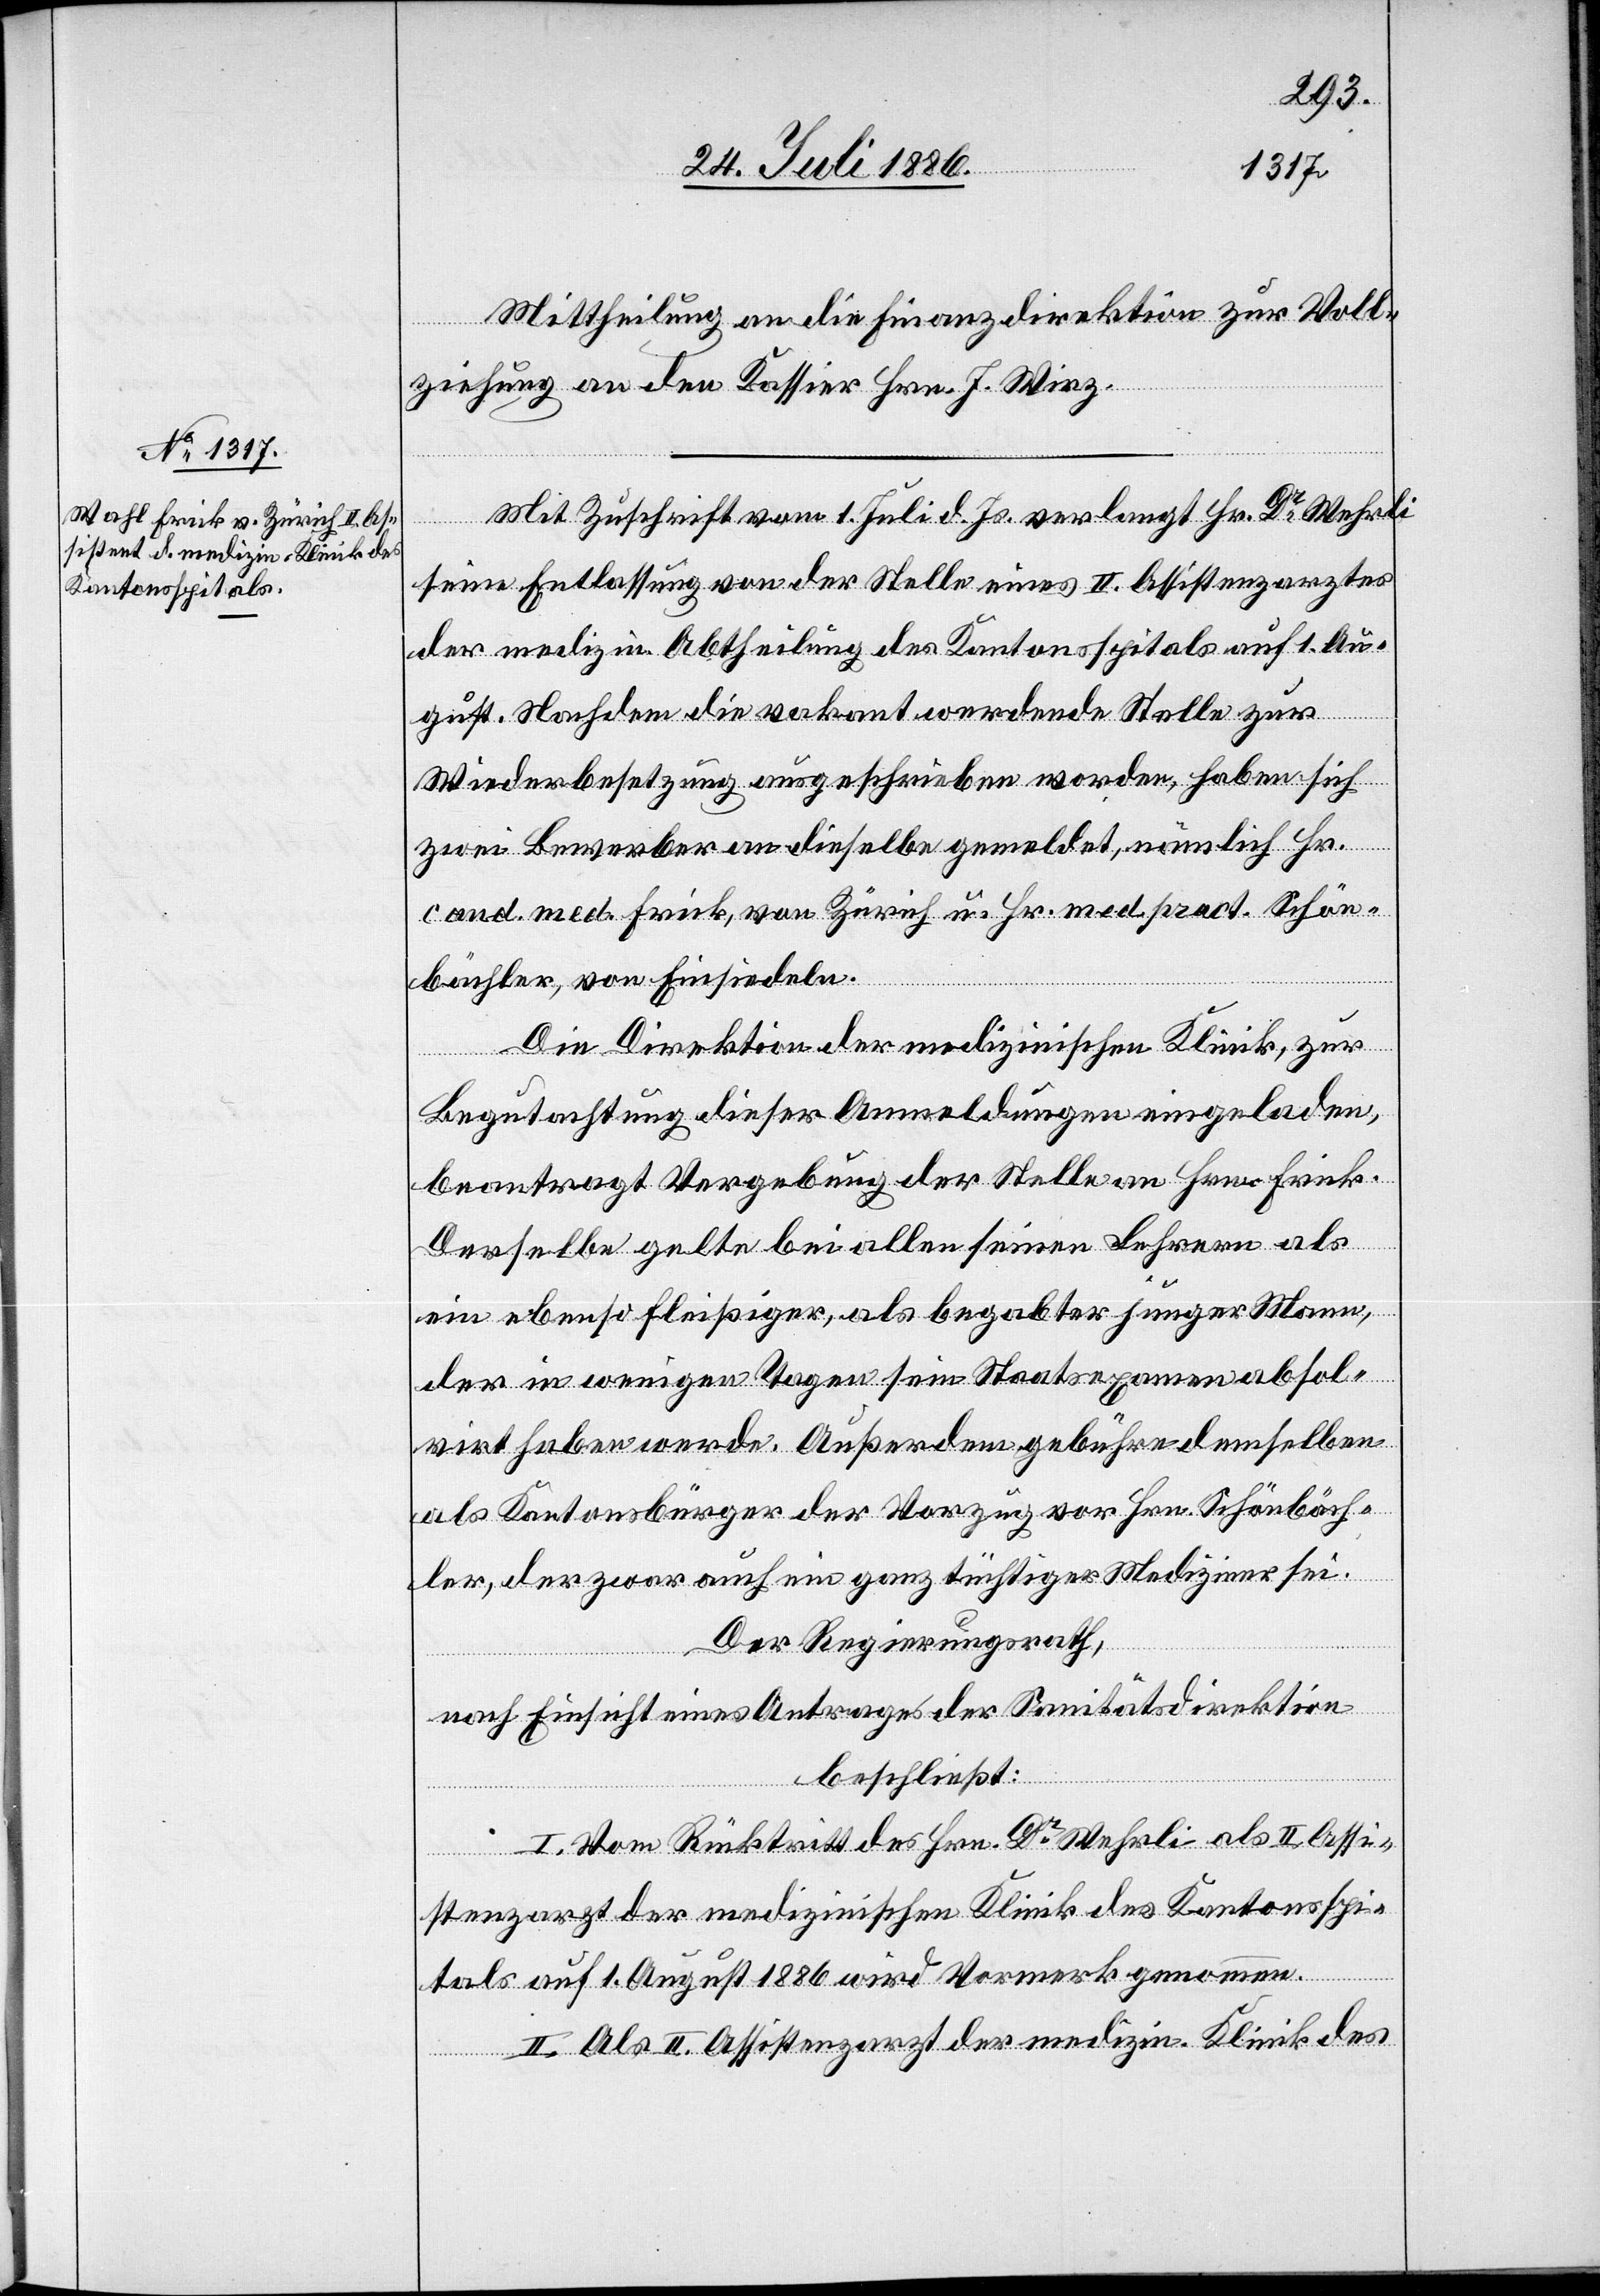
Mittheilung an die Finanzdirektion zur Voll¬
ziehung an den Kassier Hrn. J. Wirz.
Mit Zuschrift vom 1. Juli d. Js. verlangt Hr. Dr Wehrli
seine Entlassung von der Stelle eines II. Assistenzarztes
der medizin. Abtheilung des Kantonsspitals auf 1. Au¬
gust. Nachdem die vakant werdende Stelle zur
Wiederbesetzung ausgeschrieben worden, haben sich
zwei Bewerber an dieselbe gemeldet, nämlich Hr.
cand. med. Frick, von Zürich u. Hr. med. pract. Schön¬
bächler, von Einsiedeln.
Die Direktion der medizinischen Klinik, zur
Begutachtung dieser Anmeldungen eingeladen,
beantragt Vergebung der Stelle an Hrn. Frick.
Derselbe gelte bei allen seinen Lehrern als
ein ebenso fleißiger, als begabter junger Mann,
der in wenigen Tagen sein Staatsexamen absol¬
virt haben werde. Außerdem gebühre demselben
als Kantonsbürger der Vorzug vor Hrn. Schönbäch¬
ler, der zwar auch ein ganz tüchtiger Mediziner sei.
Der Regierungsrath,
nach Einsicht eines Antrages der Sanitätsdirektion,
beschließt:
I. Vom Rücktritt des Hrn. Dr Wehrli als II. Assi¬
stenzarzt der medizinischen Klinik des Kantonsspi¬
tals auf 1. August 1886 wird Vormerk genommen.
II. Als II. Assistenzarzt der medizin. Klinik des